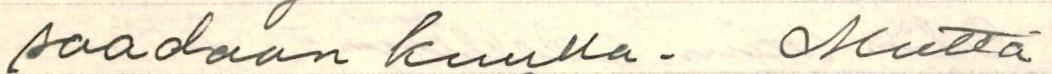
saadaan kuulla. Mutta